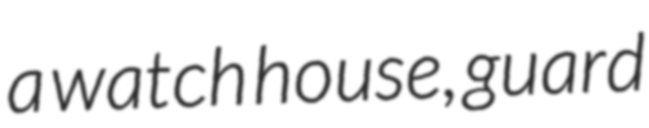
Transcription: a watch house, guard